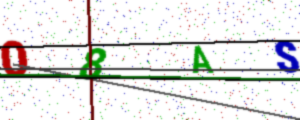
Text: 08AS